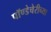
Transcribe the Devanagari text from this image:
पॉण्डेचेरीच्या